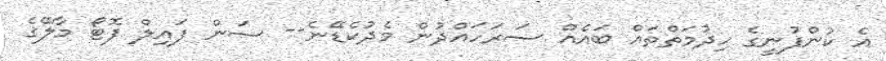
އެ ކުންފުނީގެ ހިދުމަތްތައް ބައެއް ސަރަހައްދުން މެދުކެޑޭނެ-- ސަން ފައިލް ފޮޓޯ މާލޭގެ